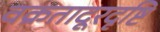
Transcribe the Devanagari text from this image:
वक्रतादूरदृष्टि